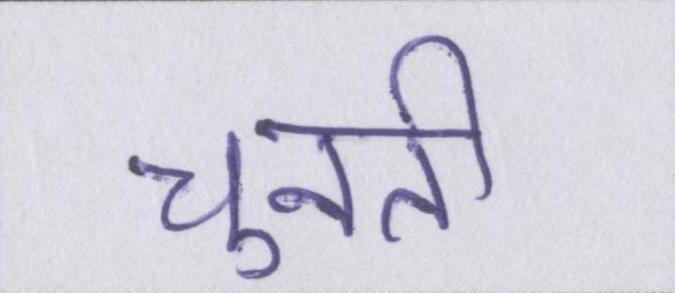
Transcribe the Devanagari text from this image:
चुनती